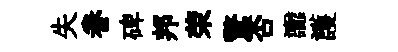
失眷碑邦荣驚否讟護